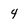
Character: 4